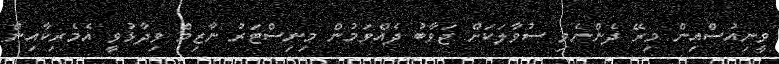
ވީނިއުސްއިން މިރޭ ދެންނެވި ސުވާލަކަށް ޖަވާބު ދެއްވަމުން މިނިސްޓަރު ނާޒިމް ވިދާޅުވީ އެމެރިކާއިން